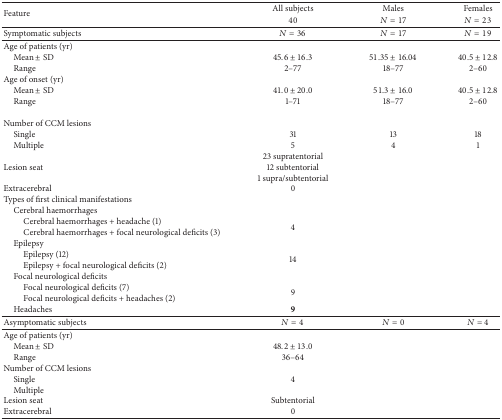
| <ROWSPAN=2> Feature | All subjects | Males | Females |
 | 40 | N = 17 | N = 23 |
 | --- | --- | --- | --- |
 | Symptomatic subjects | N = 36 | N = 17 | N = 19 |
 | Age of patients (yr) |  |  |  |
 | Mean ± SD | 45.6 ± 16.3 | 51.35 ± 16.04 | 40.5 ± 12.8 |
 | Range | 2–77 | 18–77 | 2–60 |
 | Age of onset (yr) |  |  |  |
 | Mean ± SD | 41.0 ± 20.0 | 51.3 ± 16.0 | 40.5 ± 12.8 |
 | Range | 1–71 | 18–77 | 2–60 |
 |  |  |  |  |
 | Number of CCM lesions |  |  |  |
 | Single | 31 | 13 | 18 |
 | Multiple | 5 | 4 | 1 |
 | <ROWSPAN=3> Lesion seat | 23 supratentorial |
 | 12 subtentorial |
 | 1 supra/subtentorial |
 | Extracerebral | 0 |  |  |
 | Types of first clinical manifestations |  |  |  |
 | Cerebral haemorrhages |  |  |  |
 | Cerebral haemorrhages + headache (1) | <ROWSPAN=2> 4 |  |  |
 | Cerebral haemorrhages + focal neurological deficits (3) |  |  |
 | Epilepsy |  |  |  |
 | Epilepsy (12) | <ROWSPAN=2> 14 |  |  |
 | Epilepsy + focal neurological deficits (2) |  |  |
 | Focal neurological deficits |  |  |  |
 | Focal neurological deficits (7) | <ROWSPAN=2> 9 |  |  |
 | Focal neurological deficits + headaches (2) |  |  |
 | Headaches | 9 |  |  |
 | Asymptomatic subjects | N = 4 | N = 0 | N = 4 |
 | Age of patients (yr) |  |  |  |
 | Mean ± SD | 48.2 ± 13.0 |  |  |
 | Range | 36–64 |  |  |
 | Number of CCM lesions |  |  |  |
 | Single | 4 |  |  |
 | Multiple |  |  |  |
 | Lesion seat | Subtentorial |  |  |
 | Extracerebral | 0 |  |  |